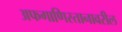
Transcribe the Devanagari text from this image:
अफगाणिस्तानावरील